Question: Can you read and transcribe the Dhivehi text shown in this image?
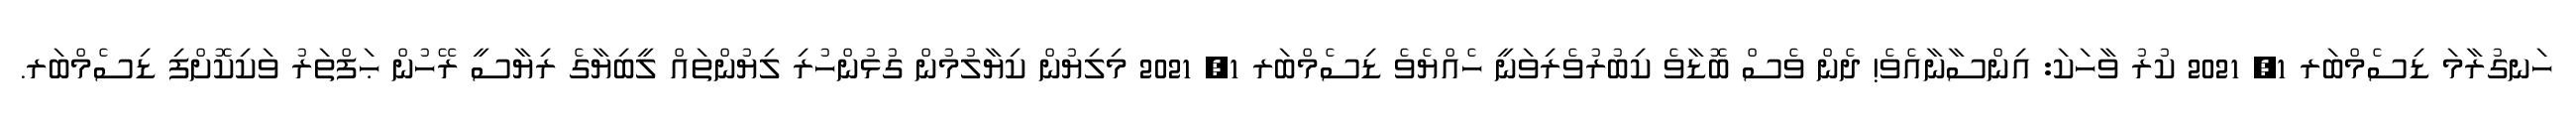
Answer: ހަނގުރާމަ ޑިސެމްބަރ 1, 2021 ކުރު ވާހަކަ: އިންސާނާއެވެ! ދެން ވެސް ބޮޑާވެ ކިބުރުވެރިވަނީ ހެއްޔެވެ ޑިސެމްބަރ 1, 2021 މިލިޔުން ކިޔާލުމުން ގުޅުންހުރި ލިޔުންތައް ލީބިޔާގެ ރިޔާސީ ރޭހުން ޙަފްތަރު ވަކިކޮށްފި ޑިސެމްބަރ.